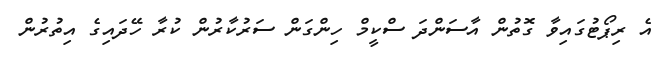
އެ ރިޕޯޓުގައިވާ ގޮތުން އާސަންދަ ސްކީމް ހިންގަން ސަރުކާރުން ކުރާ ހޭދައިގެ އިތުރުން